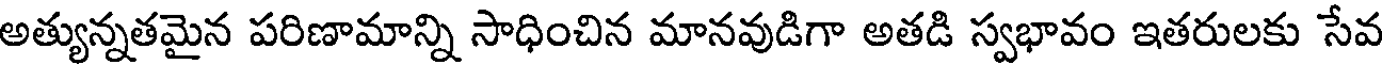
అత్యున్నతమైన పరిణామాన్ని సాధించిన మానవుడిగా అతడి స్వభావం ఇతరులకు సేవ